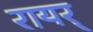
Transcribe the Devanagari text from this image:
रायर्